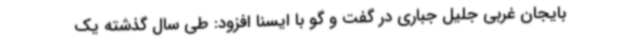
بایجان غربی جلیل جباری در گفت و گو با ایسنا افزود: طی سال گذشته یک